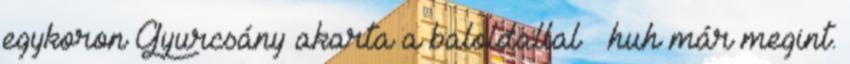
egykoron Gyurcsány akarta a baloldallal – huh már megint.